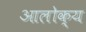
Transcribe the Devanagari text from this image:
आलोक्य